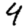
Digit: 4